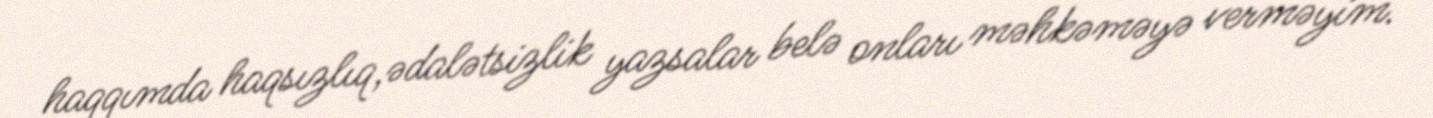
haqqımda haqsızlıq,ədalətsizlik yazsalar belə onları məhkəməyə verməyim.